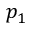
p _ { 1 }